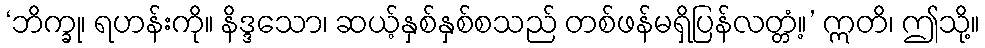
‘ဘိက္ခု၊ ရဟန်းကို။ နိဒ္ဒသော၊ ဆယ့်နှစ်နှစ်စသည် တစ်ဖန်မရှိပြန်လတ္တံ့။’ ဣတိ၊ ဤသို့။